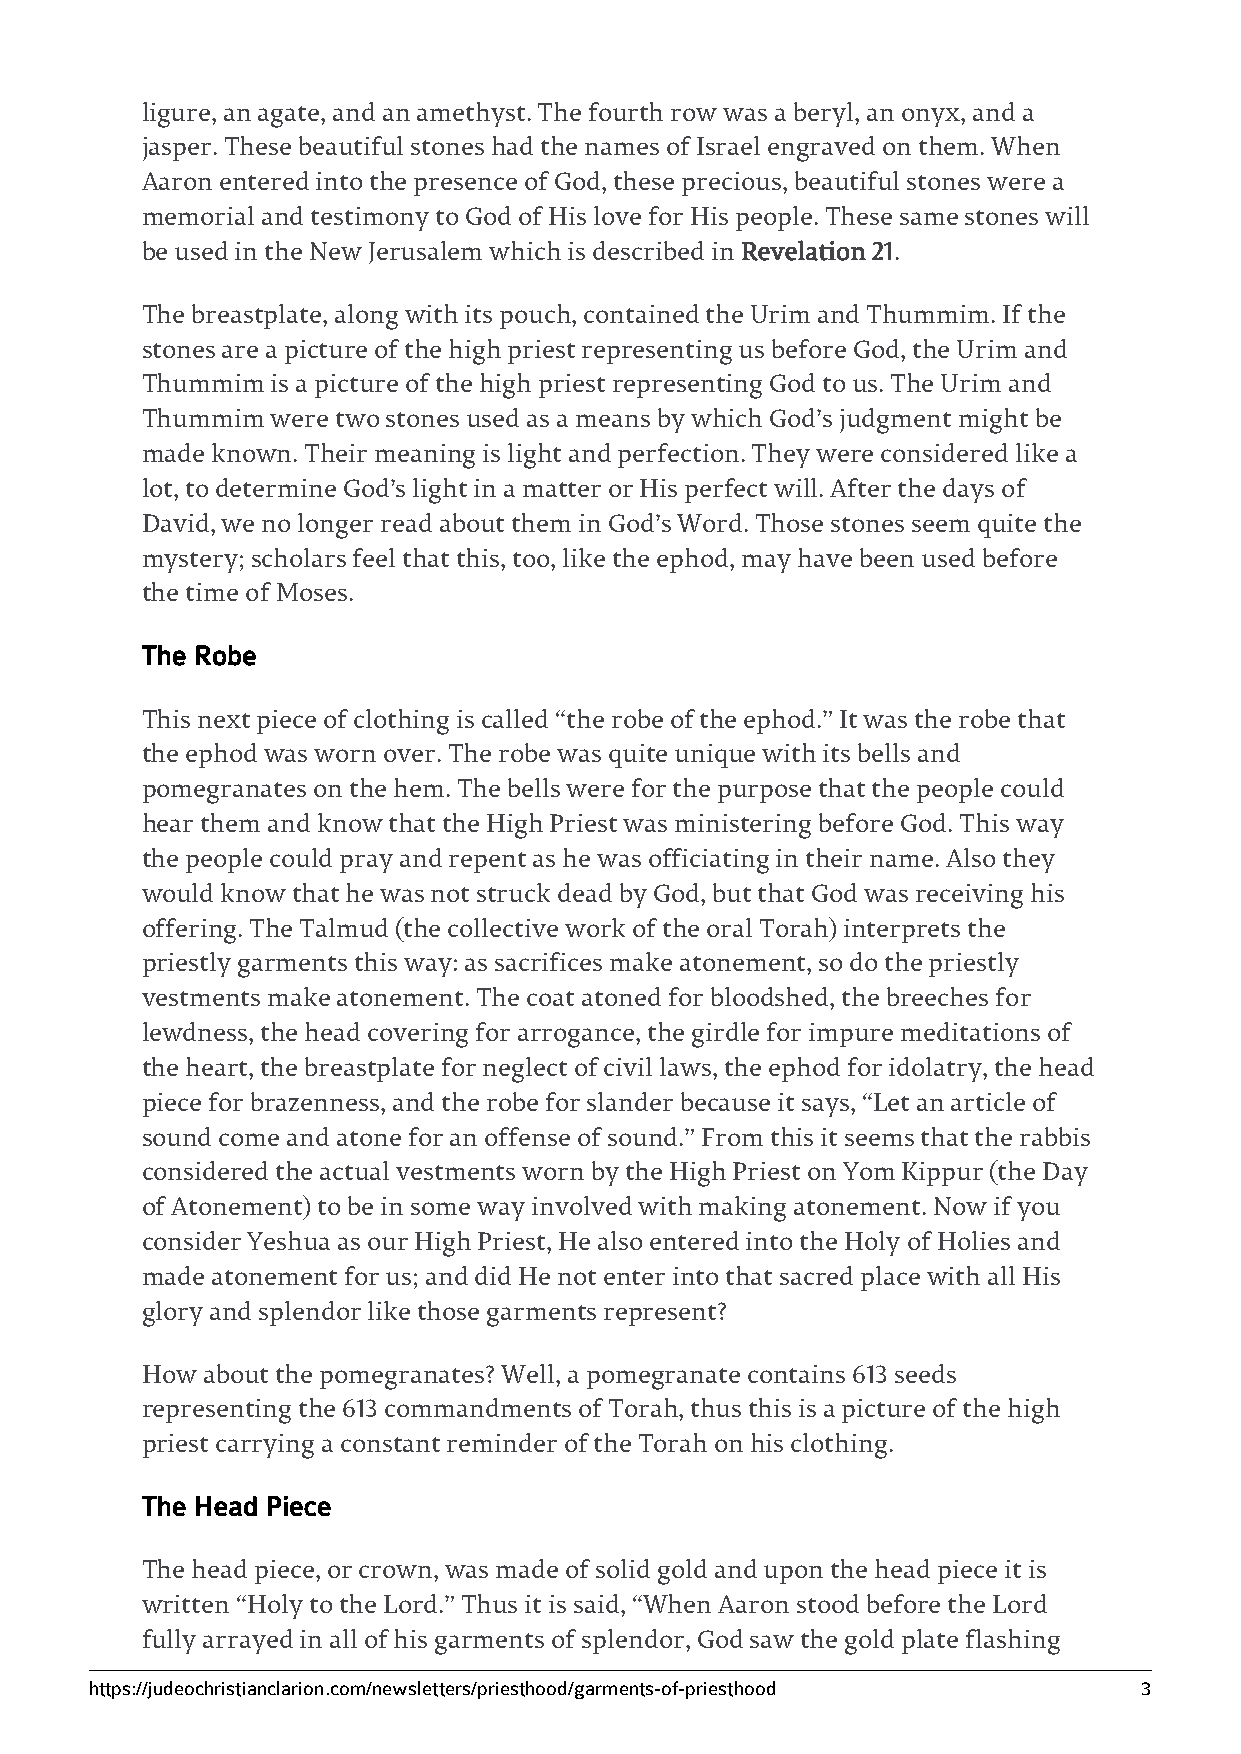
ligure, an agate, and an amethyst. The fourth row was a beryl, an onyx, and a
 jasper. These beautiful stones had the names of Israel engraved on them. When
 Aaron entered into the presence of God, these precious, beautiful stones were a
 memorial and testimony to God of His love for His people. These same stones will
 be used in the New Jerusalem which is described in Revelation 21.
 The breastplate, along with its pouch, contained the Urim and Thummim. If the
 stones are a picture of the high priest representing us before God, the Urim and
 Thummim  is a picture of the high priest representing God to us. The Urim and
 Thummim  were two stones used as a means by which God’s judgment might be
 made known. Their meaning is light and perfection. They were considered like a
 lot, to determine God’s light in a matter or His perfect will. After the days of
 David, we no longer read about them in God’s Word. Those stones seem quite the
 mystery; scholars feel that this, too, like the ephod, may have been used before
 the time of Moses.
 The Robe
 This next piece of clothing is called “the robe of the ephod.” It was the robe that
 the ephod was worn over. The robe was quite unique with its bells and
 pomegranates on the hem. The bells were for the purpose that the people could
 hear them and know that the High Priest was ministering before God. This way
 the people could pray and repent as he was officiating in their name. Also they
 would know that he was not struck dead by God, but that God was receiving his
 offering. The Talmud (the collective work of the oral Torah) interprets the
 priestly garments this way: as sacrifices make atonement, so do the priestly
 vestments make atonement. The coat atoned for bloodshed, the breeches for
 lewdness, the head covering for arrogance, the girdle for impure meditations of
 the heart, the breastplate for neglect of civil laws, the ephod for idolatry, the head
 piece for brazenness, and the robe for slander because it says, “Let an article of
 sound come and atone for an offense of sound.” From this it seems that the rabbis
 considered the actual vestments worn by the High Priest on Yom Kippur (the Day
 of Atonement) to be in some way involved with making atonement. Now if you
 consider Yeshua as our High Priest, He also entered into the Holy of Holies and
 made atonement for us; and did He not enter into that sacred place with all His
 glory and splendor like those garments represent?
 How about the pomegranates? Well, a pomegranate contains 613 seeds
 representing the 613 commandments of Torah, thus this is a picture of the high
 priest carrying a constant reminder of the Torah on his clothing.
 The Head Piece
 The head piece, or crown, was made of solid gold and upon the head piece it is
 written “Holy to the Lord.” Thus it is said, “When Aaron stood before the Lord
 fully arrayed in all of his garments of splendor, God saw the gold plate flashing
 https://judeochristianclarion.com/newsletters/priesthood/garments-of-priesthood 3